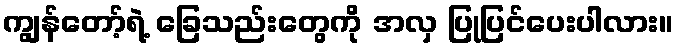
ကျွန်တော့်ရဲ့ ခြေသည်းတွေကို အလှ ပြုပြင်ပေးပါလား။